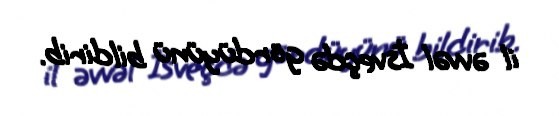
il əvvəl İsveçdə gördüyünü bildirib.